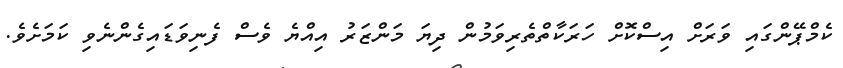
ކެމްޕޭންގައި ވަރަށް އިސްކޮށް ހަރަކާތްތެރިވަމުން ދިޔަ މަންޒަރު އިއްޔެ ވެސް ފެނިވަޑައިގެންނެވި ކަމަށެވެ.